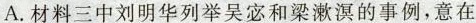
A. 材料三中刘明华列举吴宓和梁漱溟的事例，意在